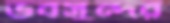
ভবসুন্দর